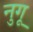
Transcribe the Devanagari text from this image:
नुगू